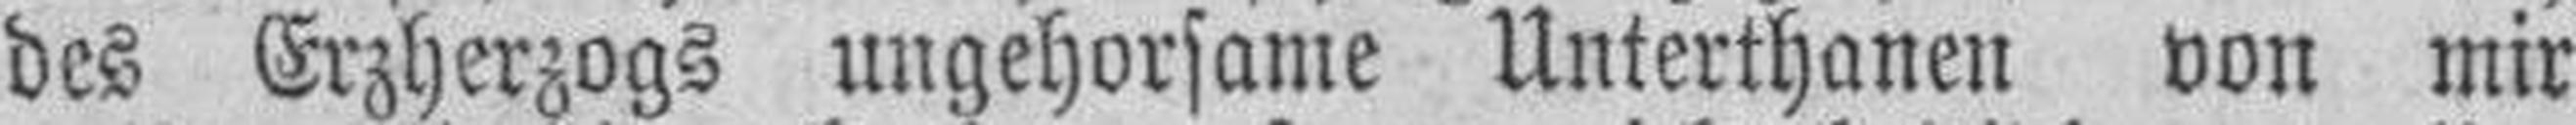
des Erzherzogs ungehorsame Unterthanen von mir